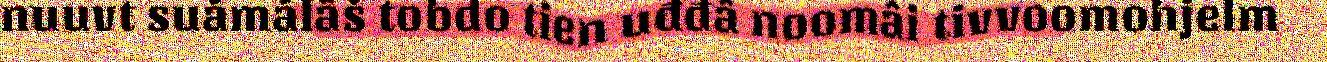
nuuvt suámálâš tobdo tien uđđâ noomâi tivvoomohjelm